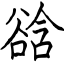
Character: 谽